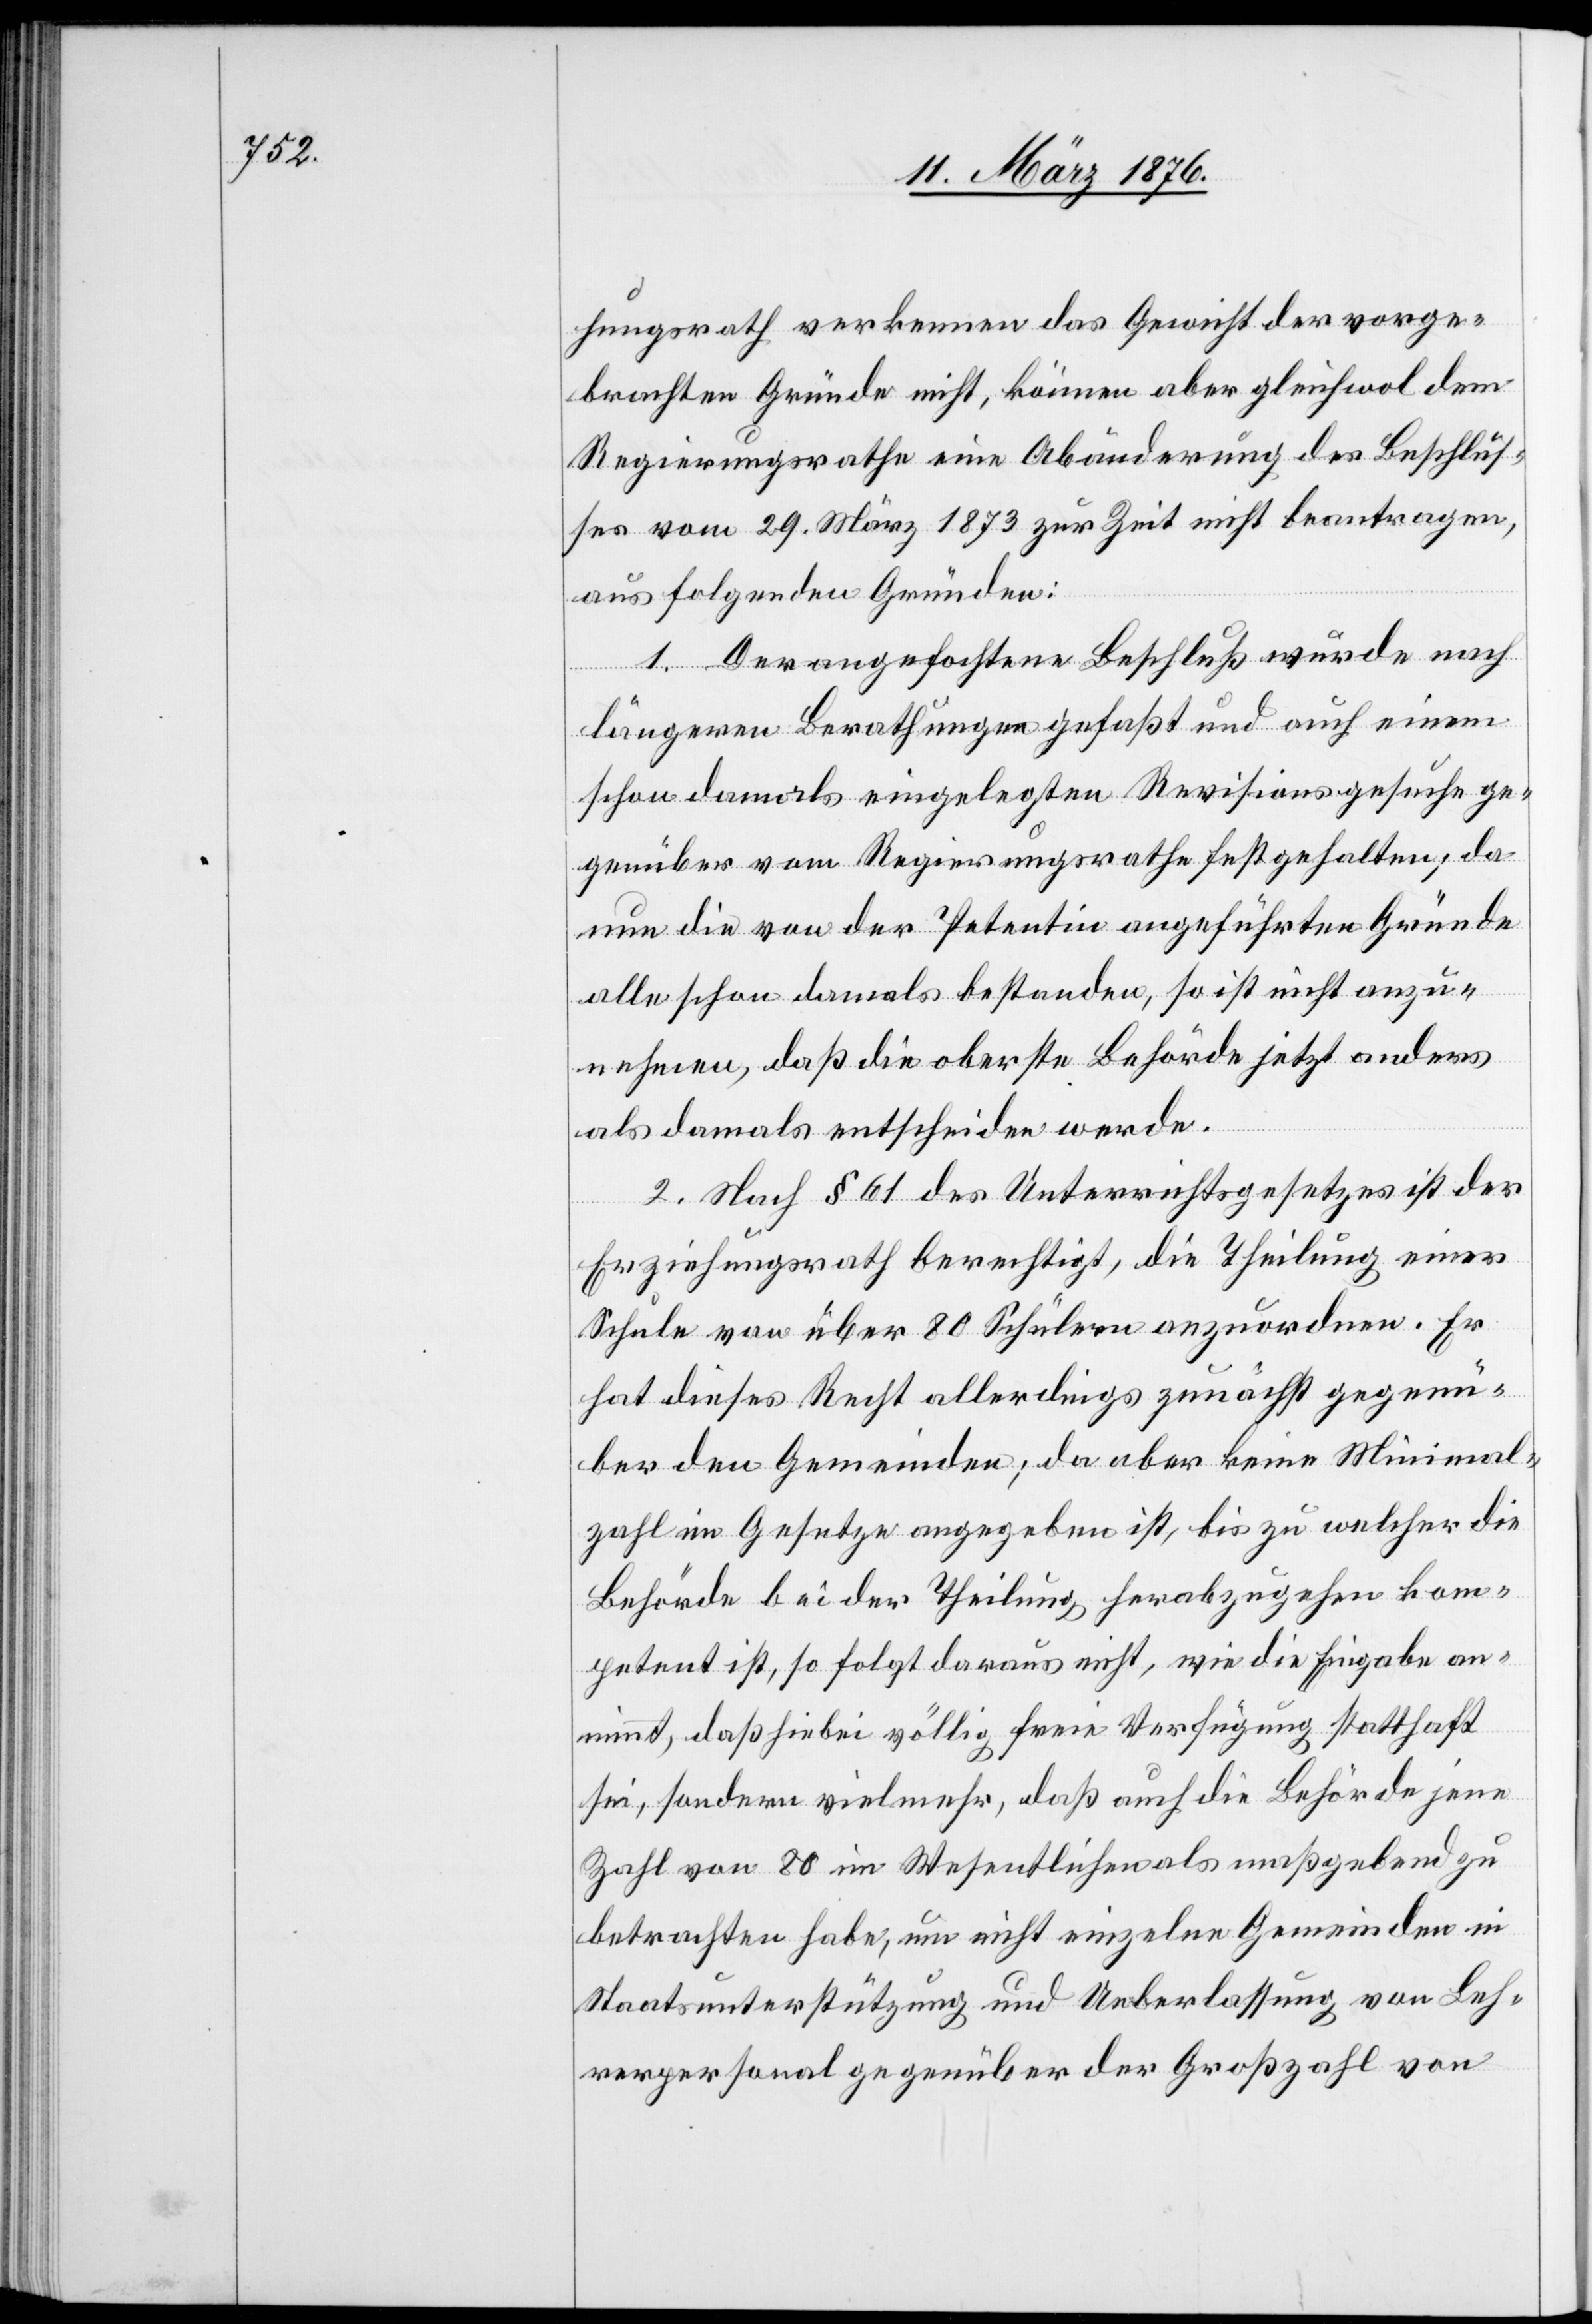
hungsrath verkennen das Gewicht der vorge¬
brachten Gründe nicht, können aber gleichwol dem
Regierungsrathe eine Abänderung des Beschlus¬
ses vom 29. März 1873 zur Zeit nicht beantragen,
aus folgenden Gründen:
1. Der angefochtene Beschluß wurde nach
längeren Berathungen gefaßt und auch einem
schon damals eingelegten Revisionsgesuche ge¬
genüber vom Regierungsrathe festgehalten; da
nun die von der Petentin angeführten Gründe
alle schon damals bestanden, so ist nicht anzu¬
nehmen, daß die oberste Behörde jetzt anders
als damals entscheiden werde.
2. Nach § 61 des Unterrichtsgesetzes ist der
Erziehungsrath berechtigt, die Theilung einer
Schule von über 80 Schülern anzuordnen. Er
hat dieses Recht allerdings zunächst gegenü¬
ber den Gemeinden; da aber keine Minimal¬
zahl im Gesetze angegeben ist, bis zu welcher die
Behörde bei der Theilung herabzugehen kom¬
petent ist, so folgt daraus nicht, wie die Eingabe an¬
nimmt, daß hiebei völlig freie Verfügung statthaft
sei, sondern vielmehr, daß auch die Behörde jene
Zahl von 80 im Wesentlichen maßgebend zu
betrachten habe, um nicht einzelne Gemeinden in
Staatsunterstützung und Ueberlassung von Leh¬
rerpersonal gegenüber der Großzahl von